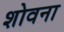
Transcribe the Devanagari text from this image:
शोवना